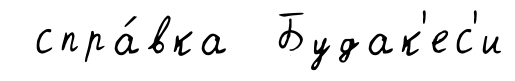
спра́вка Будак'ес'и